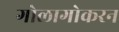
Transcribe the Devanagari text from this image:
गोलागोकरन